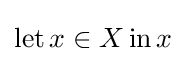
\operatorname {let} x\in X\operatorname {in} x